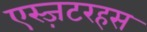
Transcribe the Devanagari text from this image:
एस्ज़टरहस